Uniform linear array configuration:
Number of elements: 32
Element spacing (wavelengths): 0.75
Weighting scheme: kaiser
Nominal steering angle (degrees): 15
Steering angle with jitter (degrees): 13.773
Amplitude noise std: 0.05
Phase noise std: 0.05

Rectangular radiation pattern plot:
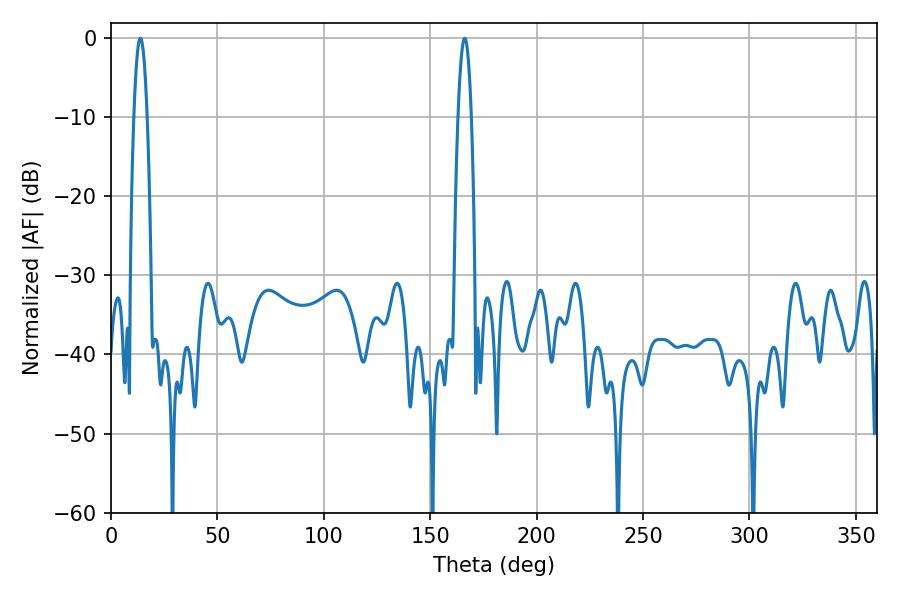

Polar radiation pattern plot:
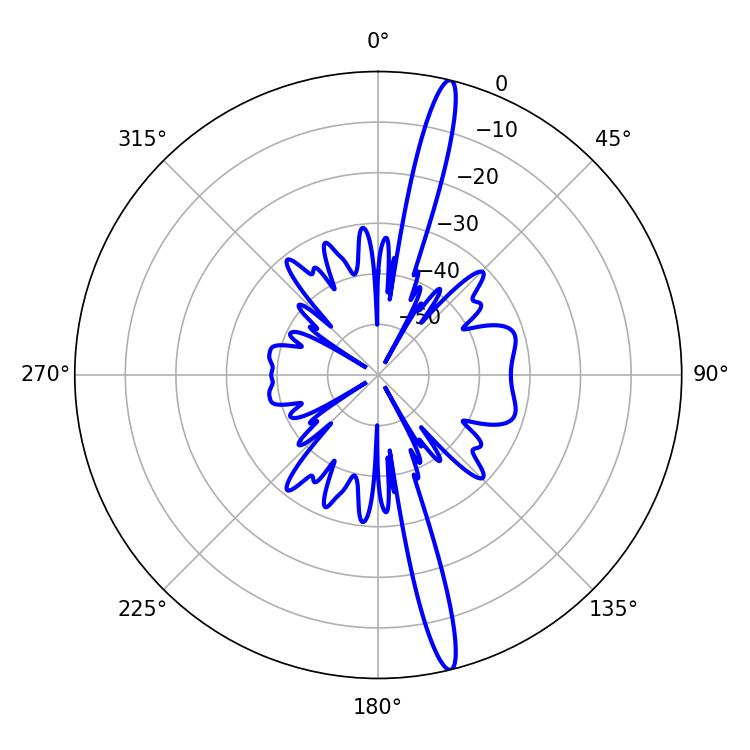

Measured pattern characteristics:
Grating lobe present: TRUE
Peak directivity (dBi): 18.023
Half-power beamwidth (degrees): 3.42
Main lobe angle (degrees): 166.14